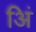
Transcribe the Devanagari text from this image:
अिं